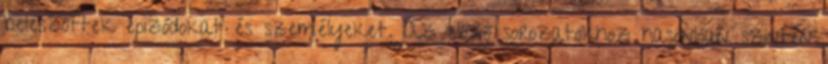
beleszőttek epizódokat és személyeket. Az előző sorozatokhoz hasonlóan szintén